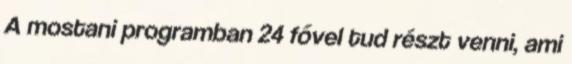
A mostani programban 24 fővel tud részt venni, ami